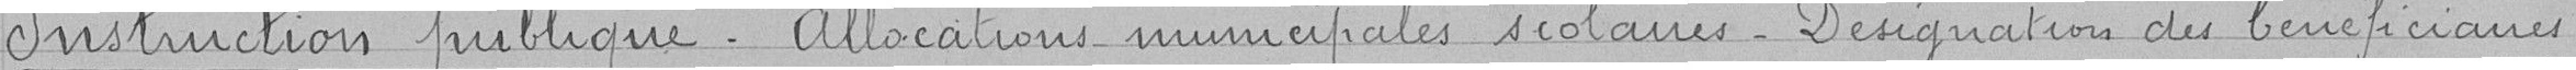
Instruction publique. Allocations municipales scolaires. Désignation du bénéficiaires.